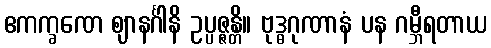
ဧကက္ခဏေ ဈာနင်္ဂါနိ ဥပ္ပဇ္ဇန္တိ။ ဗုဒ္ဓဂုဏာနံ ပန ဂမ္ဘီရတာယ